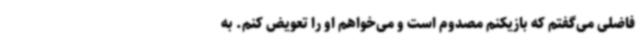
فاضلی می‌گفتم که بازیکنم مصدوم است و می‌خواهم او را تعویض کنم. به